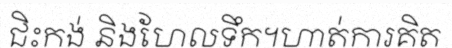
ជិះកង់ និងហែលទឹក។ហាត់ការគិត